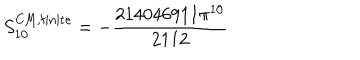
S _ { 1 0 } ^ { \mathrm { C M , f i n i t e } } = - \frac { 2 1 4 0 4 6 9 1 1 \pi ^ { 1 0 } } { 2 1 1 2 }